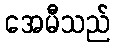
အေမီသည်